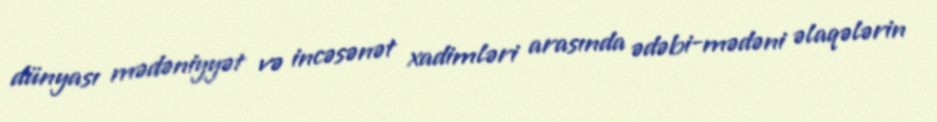
dünyası mədəniyyət və incəsənət xadimləri arasında ədəbi-mədəni əlaqələrin